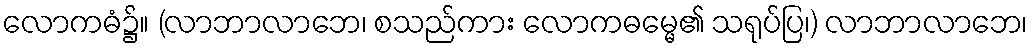
လောကဓံ၌။ (လာဘာလာဘေ၊ စသည်ကား လောကဓမ္မေ၏ သရုပ်ပြ၊) လာဘာလာဘေ၊